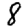
Digit: 8